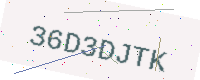
Text: 36D3DJTK